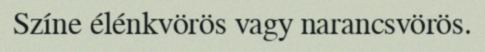
Színe élénkvörös vagy narancsvörös.